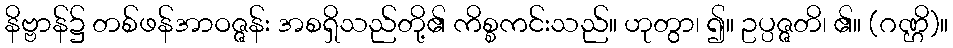
နိဗ္ဗာန်၌ တစ်ဖန်အာဝဇ္ဇန်း အစရှိသည်တို့၏ ကိစ္စကင်းသည်။ ဟုတွာ၊ ၍။ ဥပ္ပဇ္ဇတိ၊ ၏။ (ဂဏ္ဌိ)။